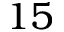
1 5